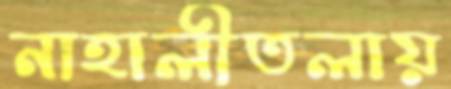
নাহালীতলায়